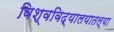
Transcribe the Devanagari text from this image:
विश्वविद्यालयातल्या